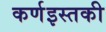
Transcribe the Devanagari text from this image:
कर्णइस्तकी